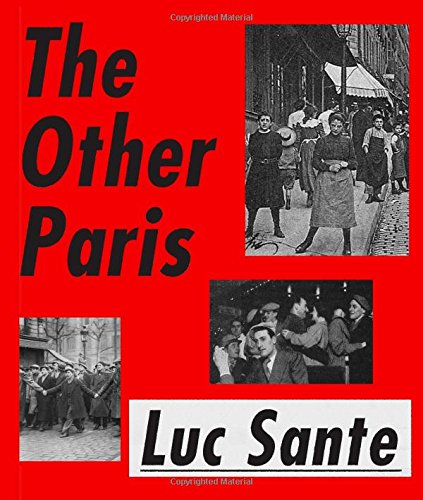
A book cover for The Other Paris; Luc Sante; History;